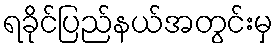
ရခိုင်ပြည်နယ်အတွင်းမှ